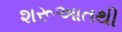
શરૂઆતથી